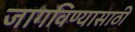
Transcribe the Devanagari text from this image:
जागविण्यासाठी